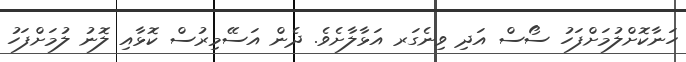
ހަނާކޮށްލުމަށްފަހު ސޯސް އަދި ވިނެގަރ އަޅާލާށެވެ. ދެން އަސޭމިރުސް ކޮޅާއި ލޮނު ލުމަށްފަހު